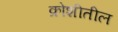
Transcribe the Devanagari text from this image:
क्रोशीतील